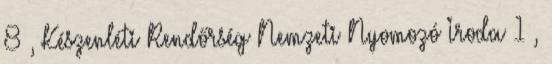
8 , Készenléti Rendőrség Nemzeti Nyomozó Iroda 1 ,